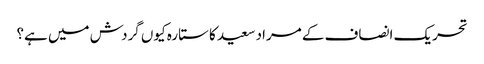
تحریک انصاف کے مراد سعید کا ستارہ کیوں گردش میں ہے؟